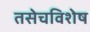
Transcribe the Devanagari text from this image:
तसेचविशेष